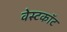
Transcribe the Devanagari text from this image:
वेस्टकॉट